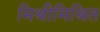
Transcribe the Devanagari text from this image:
मिश्रीमिश्रित